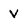
Character: V